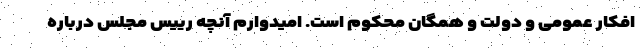
افکار عمومی و دولت و همگان محکوم است. امیدوارم آنچه رییس مجلس درباره